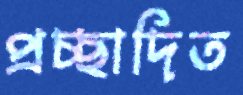
প্রচ্ছাদিত